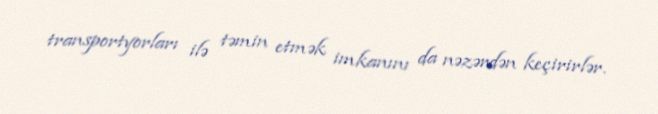
transportyorları ilə təmin etmək imkanını da nəzərdən keçirirlər.